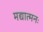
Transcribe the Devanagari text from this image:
मद्यात्मनः